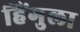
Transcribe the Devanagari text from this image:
हिंगुला